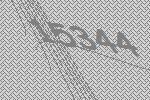
15344